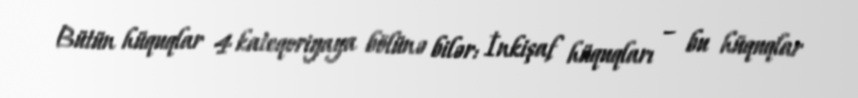
Bütün hüquqlar 4 kateqoriyaya bölünə bilər: İnkişaf hüquqları – bu hüquqlar